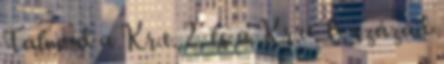
Talmud a Kr.e. 2. és a Kr.u. 6. század